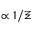
\propto 1 / \Xi